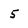
Character: 5